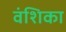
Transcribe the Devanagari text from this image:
वंशिका